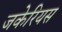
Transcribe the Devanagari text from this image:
जकेरियस